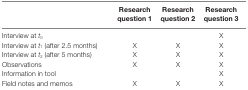
|  | Research question 1 | Research question 2 | Research question 3 |
 | --- | --- | --- | --- |
 | Interview at t0 |  |  | X |
 | Interview at t1 (after 2.5 months) | X | X | X |
 | Interview at t2 (after 5 months) | X | X | X |
 | Observations | X | X | X |
 | Information in tool |  |  | X |
 | Field notes and memos | X | X | X |